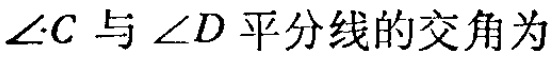
$\angle C$与$\angle D$平分线的交角为